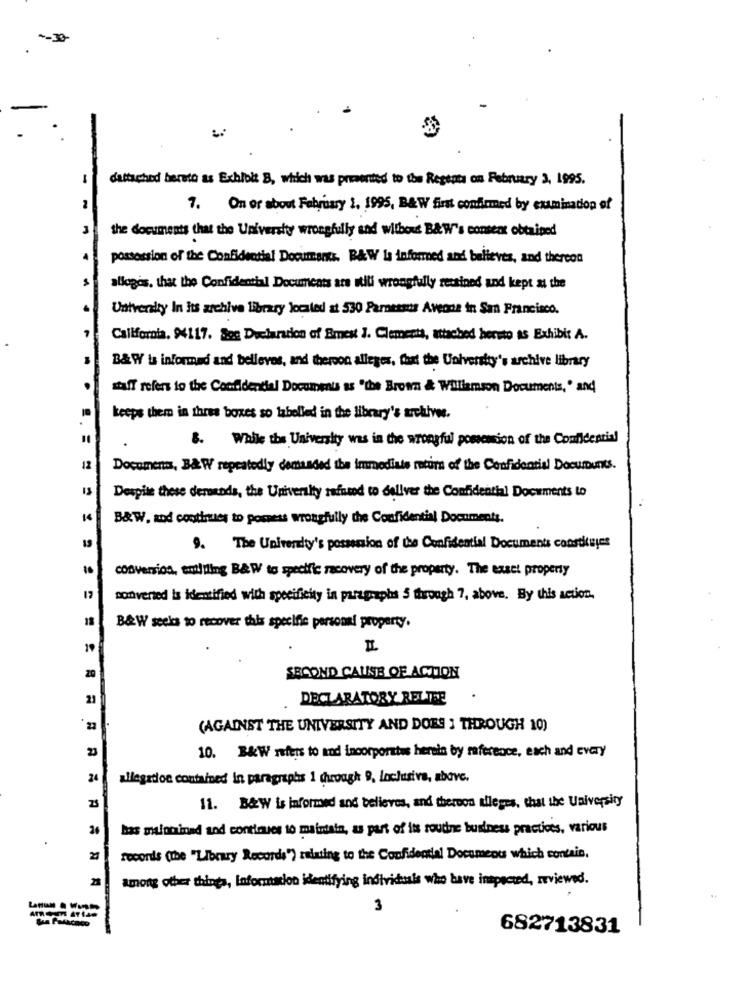
-
dattached hereto as Exhloit B, which was presented to the Regenta on February 3, 1995.
7. On or about February 1. 1995, B&W first confirmed by examination of
the documents that the University wrongfully and without B& W's consent obtained
possession of the Confidential Documents. B&W la informed and believes, and thereon
allages, that the Confidential Documents are still wrongfully retained and kept at the
University In its archive library located at 530 Paraesses Avenue in San Francisco.
California. 94117. Sos Declaration of Bmest J. Clements, attached hereto as Exhibit A.
B& W bs informed and belleves, and theroon alleges, faat the University's archive library
staff refers to the Confidential Documents as "the Brown & Williamson Documents, ' and
keeps them in thres boxes so labelled in the library's archives.
8. While the University was in the wrongful possession of the Confidential
18
Document, B&W repeatedly demanded the immediate return of the Confidential Documents.
IS
Despite these derounds, the University refused to deliver the Confidential Documents to
B&W. and continues to possess wrongfully the Confidential Documents.
9. The University's possession of the Confidential Documents constituyes
10
conversion, ettling B&W to specific recovery of the property. The easet property
17
converted is identified with specificity in paragraphs 5 through 7, above. By this action.
18
B&W seeks to recover this specific personal property.
20
SECOND CAUSE OF ACTION
21
DECLARATORY RELTEE
22
(AGAINST THE UNIVERSITY AND DOES ] THROUGH 10)
23
10. B&W refers to and incorporates herein by reference, each and Every
24
allegados contained in paragraphs 1 through 9, Inclusive, above.
11. B&W is informed and believes, and thereon alleges, that the University
26
bas malominad and continues to maintain, as part of its roudne business practices, various
feconis (the "Library Records") relating to the Confidential Document which contain,
among other things, Information identifying individuals who have inspected, reviewed.
3
682713831